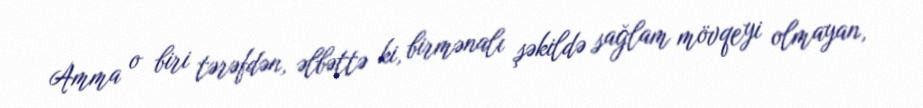
Amma o biri tərəfdən, əlbəttə ki, birmənalı şəkildə sağlam mövqeyi olmayan,